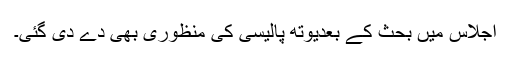
اجلاس میں بحث کے بعدیوتھ پالیسی کی منظوری بھی دے دی گئی۔